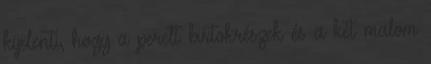
kijelenti, hogy a perelt birtokrészek és a két malom